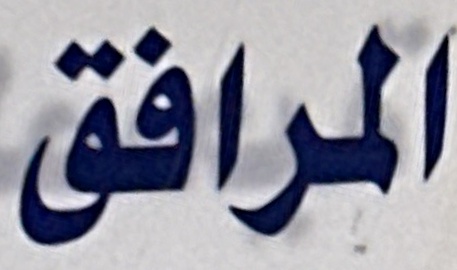
المرافق